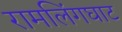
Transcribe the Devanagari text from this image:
रामलिंगघाट